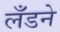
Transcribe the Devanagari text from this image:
लँडने